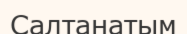
Салтанатым